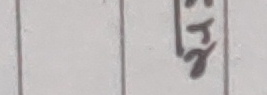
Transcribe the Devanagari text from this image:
त्य